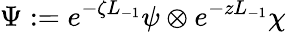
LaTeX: \Psi:=e^{-\zeta L_{-1}}\psi\otimes e^{-zL_{-1}}\chi